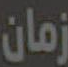
زمان